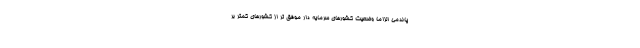
پاندمی الزاما وضعیت کشورهای سرمایه دار موفق تر از کشورهای کمتر بر